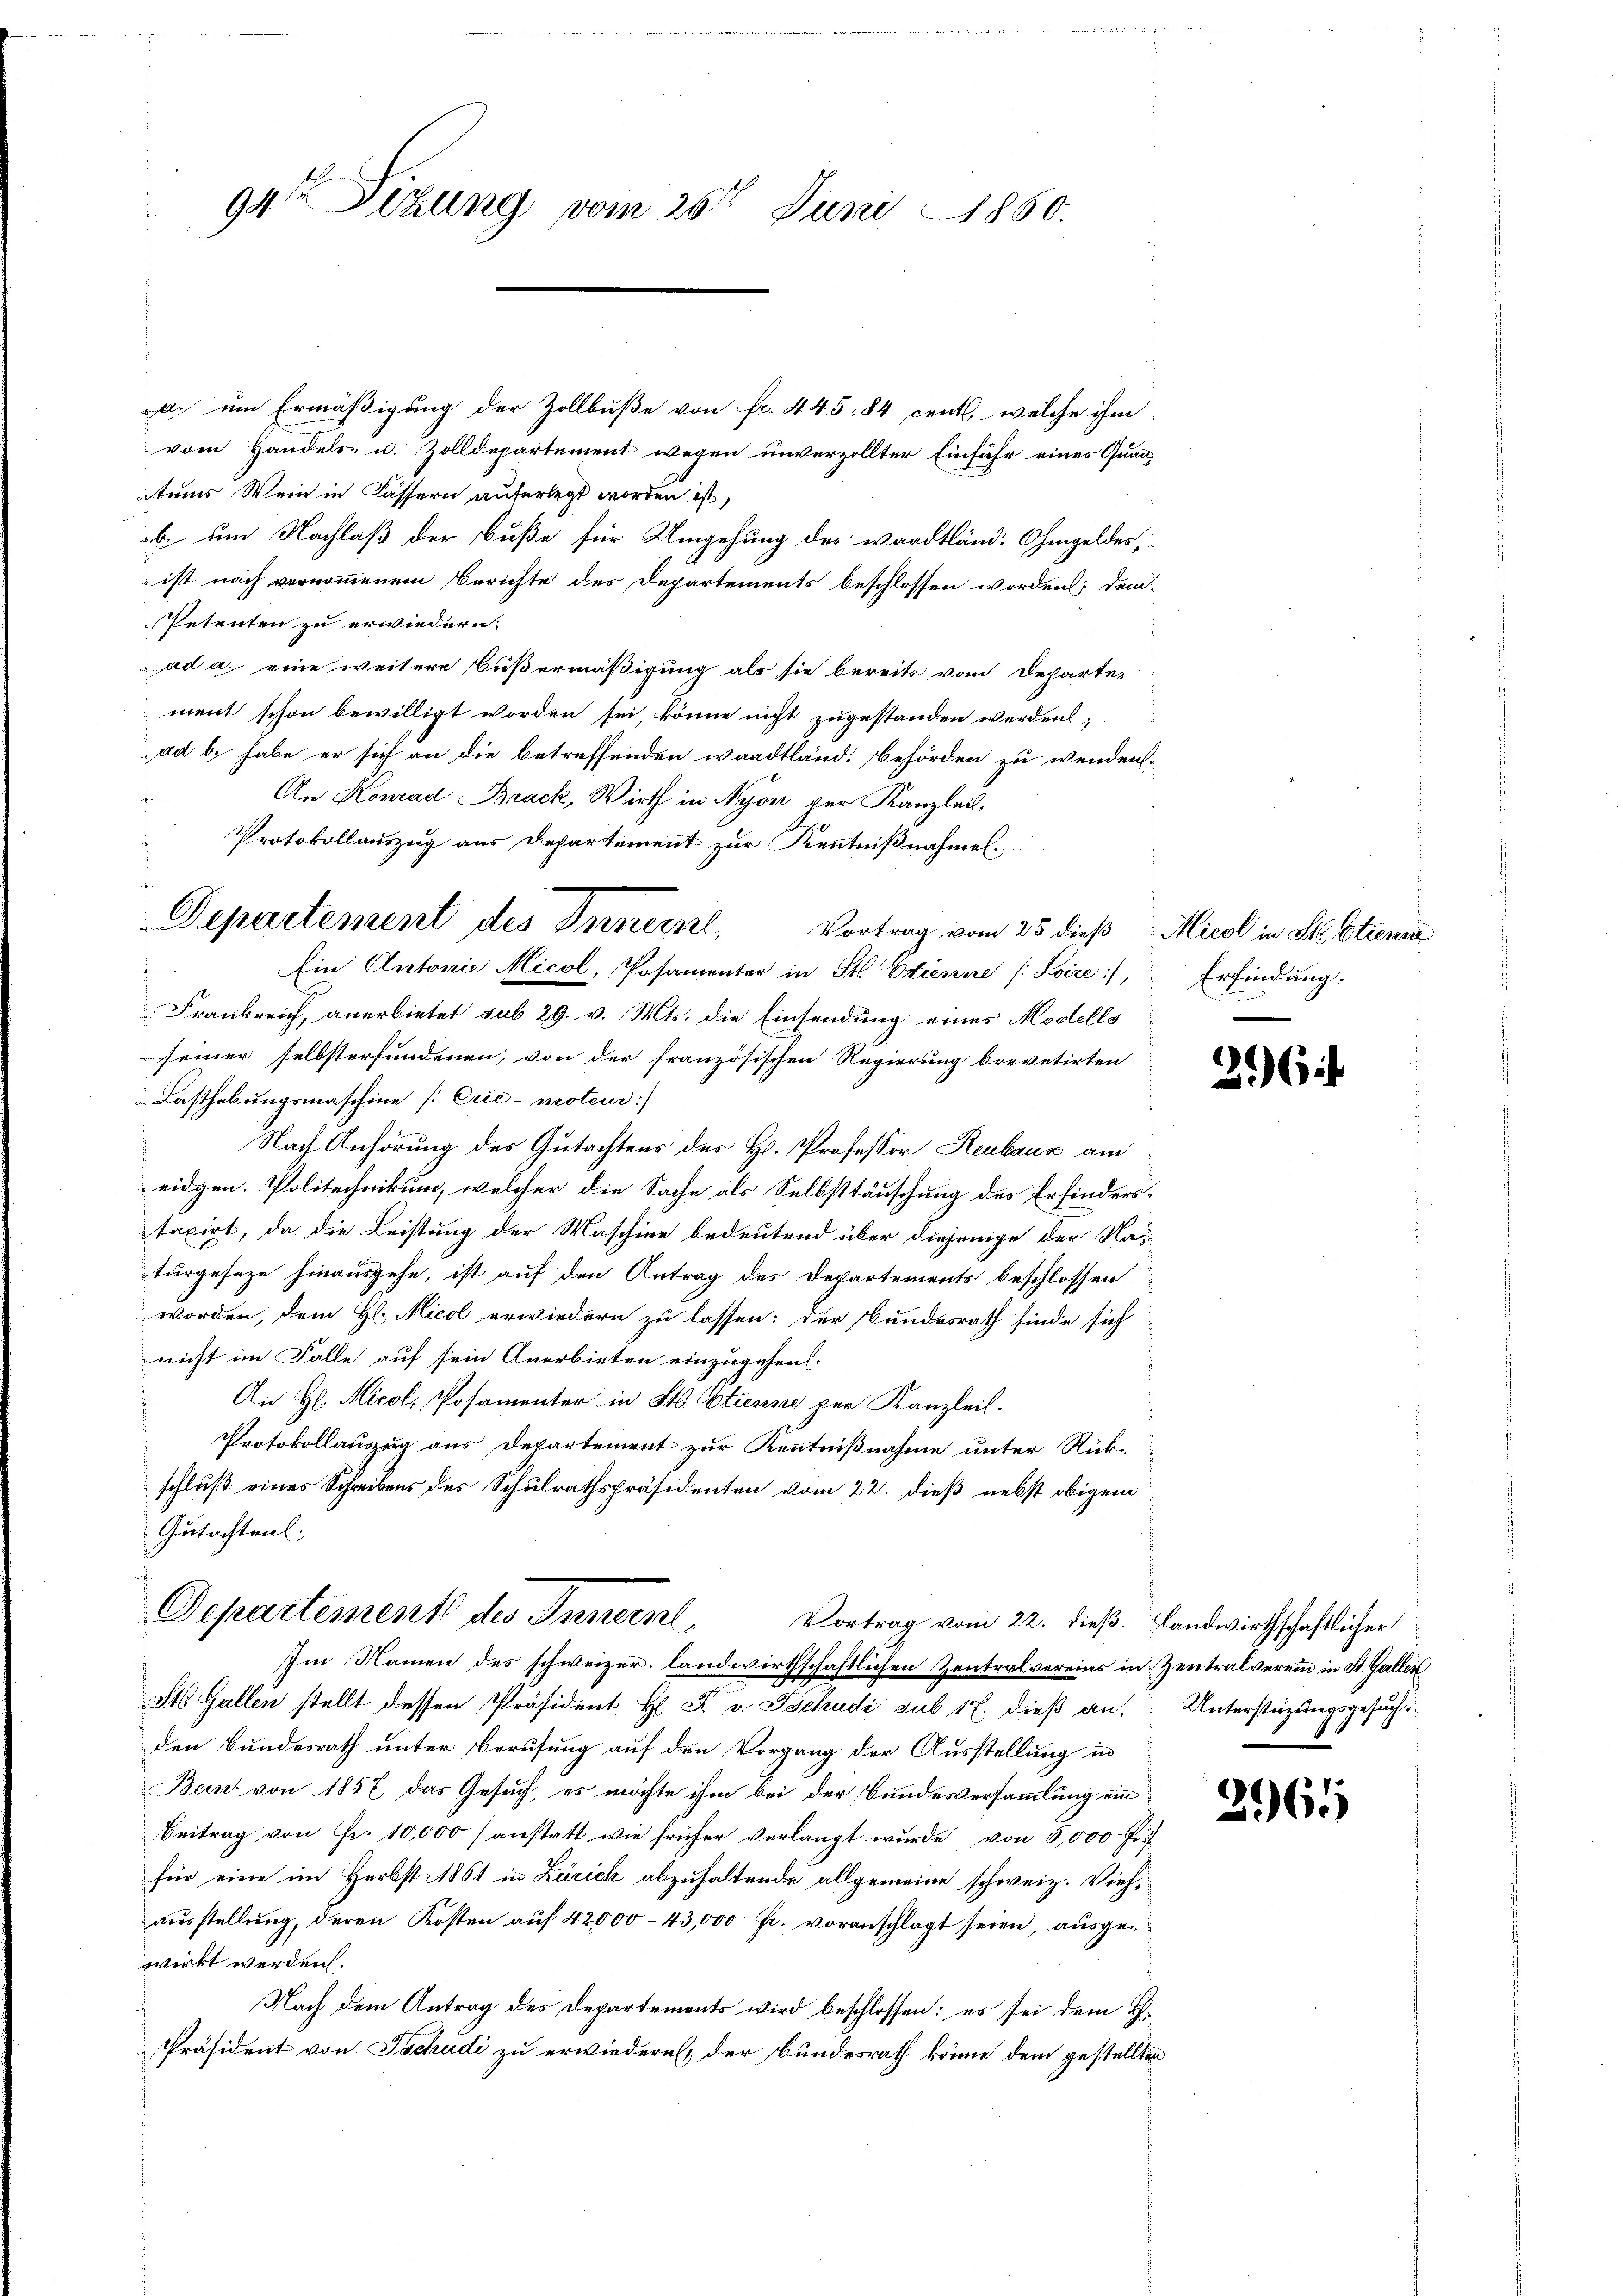
94 Sizung vom 26t Juni 1860.

Vortrag vom 25 dieß Micol in St. Etienig
Ein Antonie Micol, Posamenter in St. Etienne (Loire, Erfindung.
Frankreich, anerbietet sub 29. v. Mts. die Einsendung eines Modells
seiner selbsterfundenen, von der französischen Regierung brevetirten
Lasthebungsmaschine [Crić-moteur:
s
Nach Anhörung des Gutachtens des H. Professor Reubauz am
eidgen. Politechnikum, welcher die Sache als Selbsttäuschung des Erfinderstaxirt, da die Leistung der Maschine bedeutend über diejenige der Nahturgeseze hinausgehe, ist auf den Antrag des Departements beschlossen
worden, dem H. Micol erwiedern zu lassen: der Bundesrath finde sich
nicht im Falle auf sein Anerbieten einzugehen.
An H. Micol, Posamenter in St. Etienne per Kanzleil.
Protokollauszug aus Departement zur Kenntnißnahme unter Rücke
schluß eines Schreibens des Schulrathspräsidenten vom 22. dieß nebst obigem
Gutachten.
Departement des Innern,
Vortrag vom 22. dieß. Landwirthschaftlicher
Im Namen des schweizer, landwirthschaftlichen Zentralvereins in Zentralverein in St. Gallei
St. Gallen stellt dessen Präsident H. F. v. Tschudi sub 17. dieß an. Unterstüzungsgesuchden Bundesrath unter Berufung auf den Vorgang der Ausstellung in
Bein von 1857 das Gesuch, es möchte ihm bei der Bundesversammlung ein¬
Beitrag von Fr. 10,000 (anstatt wie früher verlangt wurde von 6,000 Fr
für eine im Herbst 1861 in Zürich abzuhaltende allgemeine schweiz. Viehausstellung, deren Kosten auf 42,000 - 43,000 Fr. voranschlagt seien, ausgewirkt werden.
¬
Nach dem Antrag des Departements wird beschlossen: es sei dem H.
Präsident von Tschudi zu erwiedern, der Bundesrath könne dem gestellten

Departement des Innern,
a

d. um Ermäßigung der Zollbuße von fr. 445,84 cents, welche ihm
vom Handels- u. Zolldepartement wegen unverzollter Einfuhr eines Quan¬
Atums Wein in Fässern, auferlegt worden ist,
b. um Nachlaß der Buße für Umgehung des wardtländ. Ohmgeldes,
ist nach vernommenem Berichte des Departements beschlossen worden; dem
Petenten zu erwiedern.
ad a. eine weitere Bußermäßigung als sie bereits vom Departer
ment schon bewilligt worden sei, könne nicht zugestanden werden;
ad b. habe er sich an die betreffenden waadtländ. Behörden zu wenden-
An Konrad Brack, Wirth in Nyon per Kanzlei,
Protokollauszug aus Departement zur Kenntnißnahmeld

216

2961